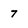
Character: 7